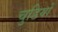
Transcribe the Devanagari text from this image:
चुडियों